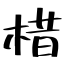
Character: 棤